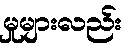
မှုများလည်း